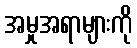
အမှုအရာများကို